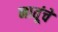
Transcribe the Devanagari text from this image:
नातूंचे